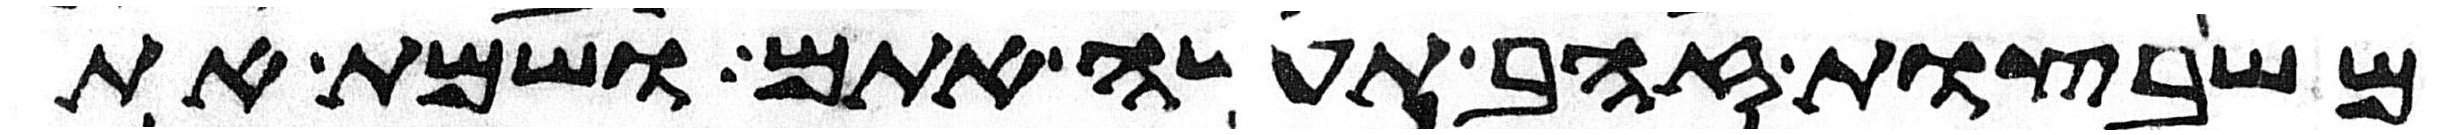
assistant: משבצות זהב תעשה אתם ושמת את